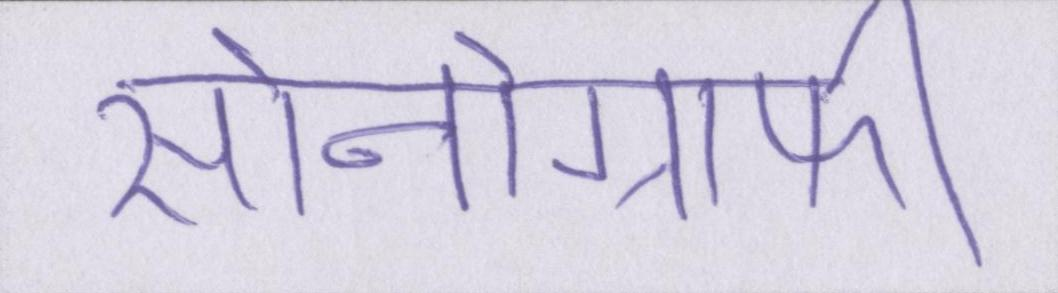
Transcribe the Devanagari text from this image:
सोनोग्राफी